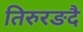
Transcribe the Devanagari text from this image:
तिरुरङदै